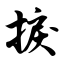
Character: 捩